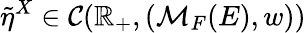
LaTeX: \tilde{\eta}^{X}\in\mathcal{C}(\mathbb{R}_{+},(\mathcal{M}_{F}(E),w))